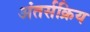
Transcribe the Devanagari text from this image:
अंतर्सक्रिय